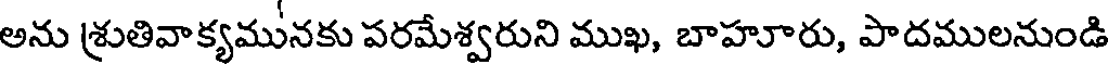
అను శ్రుతివాక్యమునకు పరమేశ్వరుని ముఖ, బాహూరు, పాదములనుండి